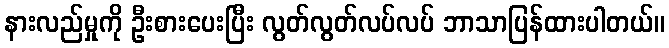
နားလည်မှုကို ဦးစားပေးပြီး လွတ်လွတ်လပ်လပ် ဘာသာပြန်ထားပါတယ်။